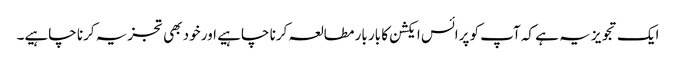
ایک تجویز یہ ہے کہ آپ کو پرائس ایکشن کا بار بار مطالعہ کرنا چاہیے اور خود بھی تجزیہ کرنا چاہیے۔